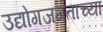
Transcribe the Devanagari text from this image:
उद्योगजगताच्या